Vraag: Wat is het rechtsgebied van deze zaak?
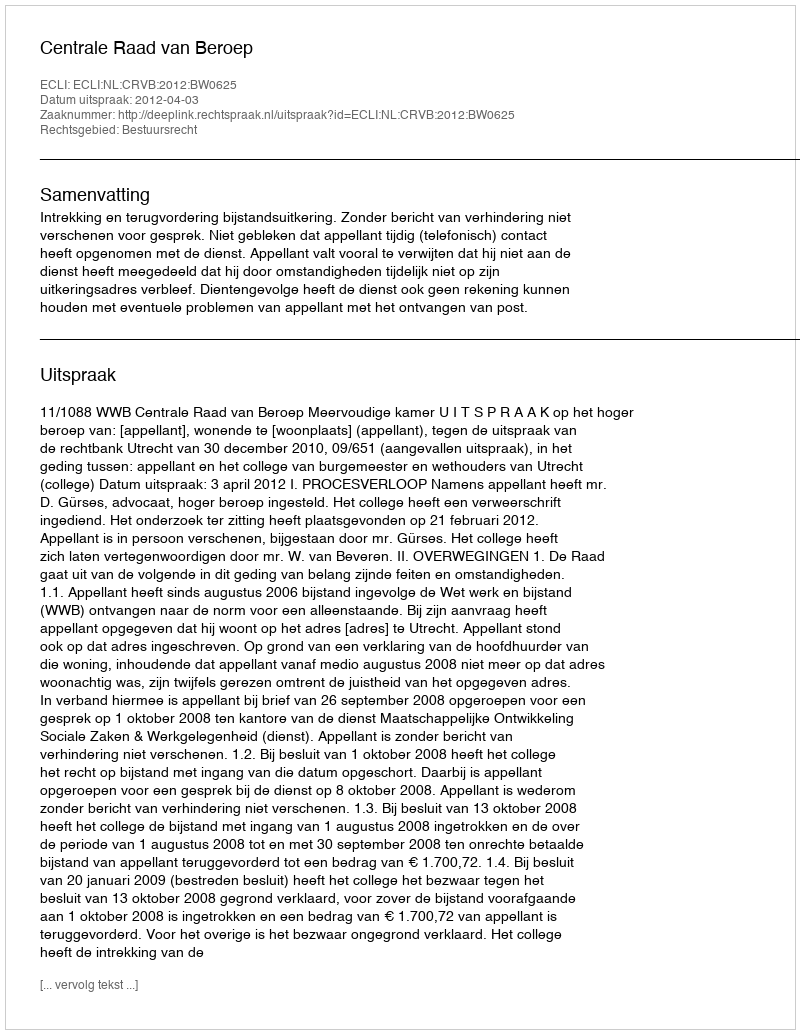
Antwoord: Bestuursrecht